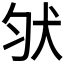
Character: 𰡀